Vabadussoja_Ajaloo_Komitee, lk 20
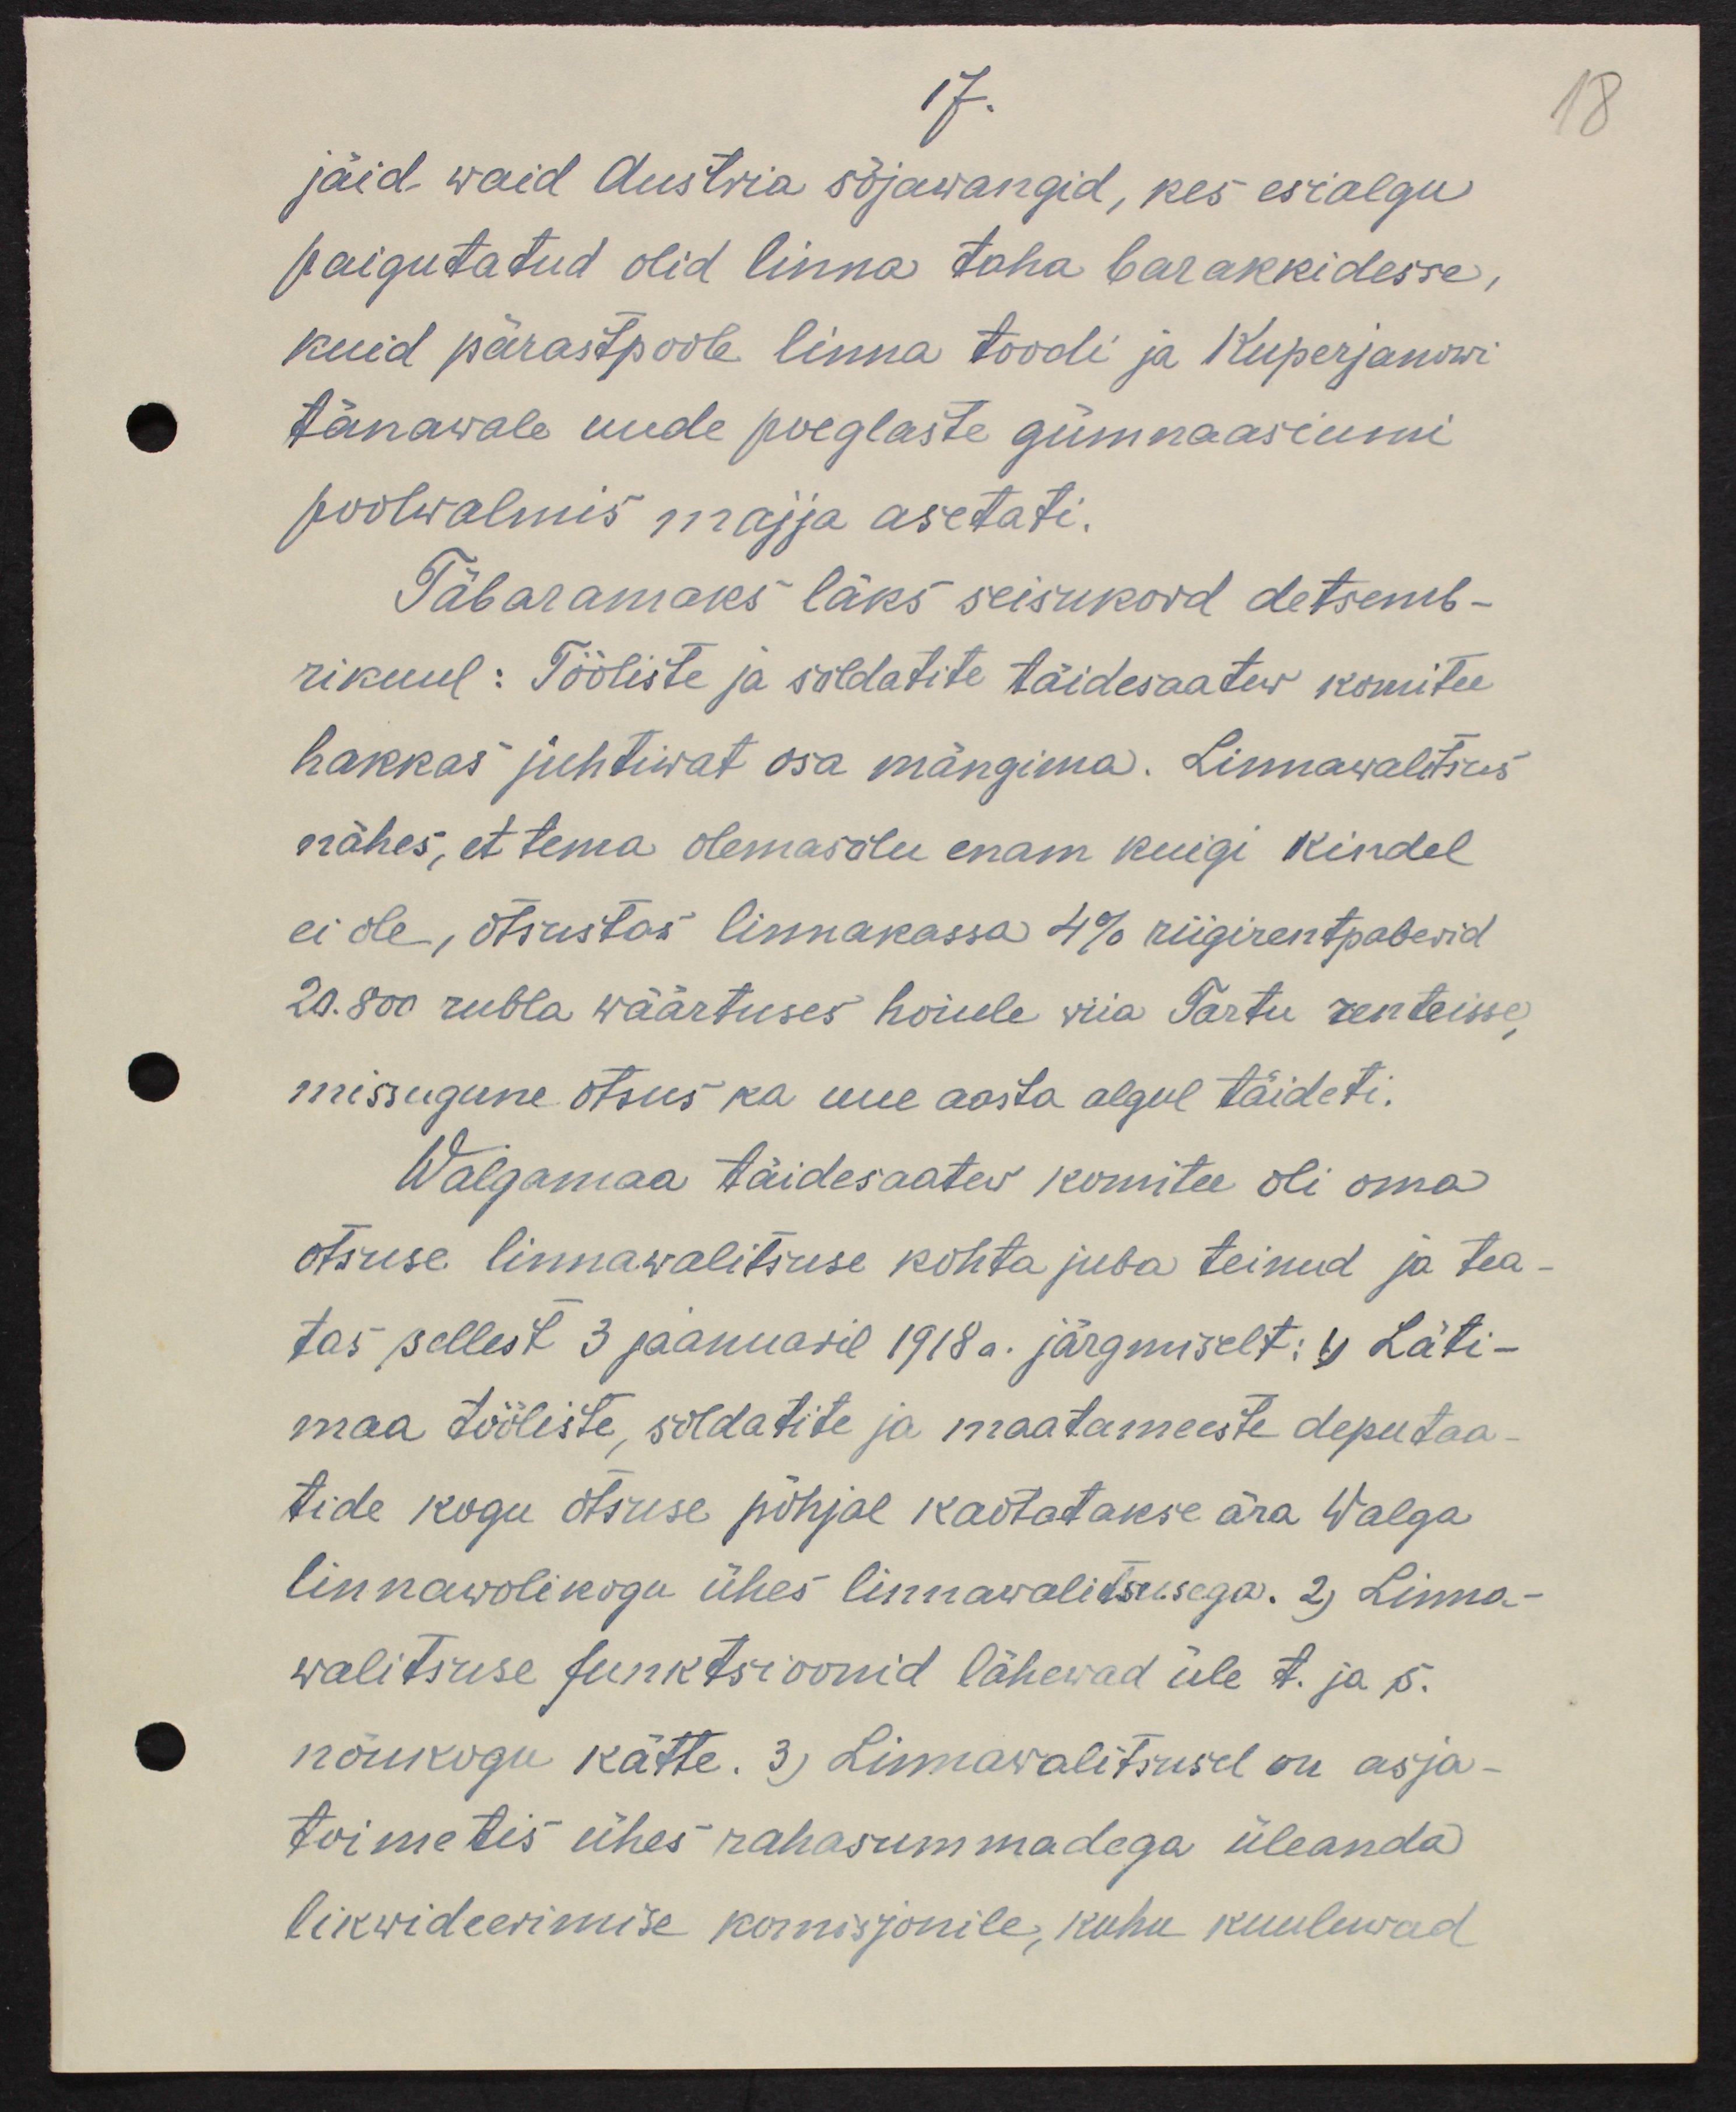
jäid waid Austria sõjawangid, kes asialgu
paigutatud olid linna taha barakkidesse,
kuid pärastpoole linna toodi ja Kuperjanowi
tänawale uude poeglaste gümnaasiumi
poolwalmis majja asetati.
Täbaraks läks seisukord detsemb-
rikuul: Tööliste ja soldatite täidesaatew komitee
hakkas juhtiwat osa mängima. Linnawalitsus
nähes, et tema olemasolu enam kuigi kindel
ei ole, otsustas linnakassa 4% riigirentpaberid
20.800 rubla wäärtuses hoiule viia Tartu renteisse
missugune otsus ka uue aasta algul täideti.
Walgamaa täidesaatew komitee oli oma
otsuse linnawalitsuse kohta juba teinud ja tea-
tas sellest 3 jaanuaril 1918 a. järgmiselt: 1) Läti-
maa tööliste, soldatite ja maatameeste deputaa-
tide kogu otsuse põhjal kaotatakse ära Walga
linnawolikogu ühes linnawalitsusega. 2) Linna-
walitsuse funktsioonid lähewad üle t. ja s.
nõukogu kätte. 3) Linnawalitsusel on asja-
toimetis ühes rahasummadega üleanda
likwideerimise komisjonile, kuhu kuuluwad